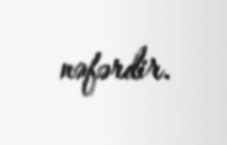
nəfərdir.